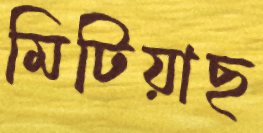
মিটিয়াছ